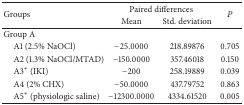
<table><thead><tr><td rowspan="2"><b>Groups</b></td><td colspan="2"><b>Paired differences</b></td><td rowspan="2"><b><i>P</i></b></td></tr><tr><td><b> Mean</b></td><td><b> Std. deviation</b></td></tr></thead><tbody><tr><td>Group A</td><td>[EMPTY_CELL]</td><td>[EMPTY_CELL]</td><td>[EMPTY_CELL]</td></tr><tr><td> A1 (2.5% NaOCl)</td><td>−25.0000</td><td>218.89876</td><td>0.705 </td></tr><tr><td> A2 (1.3% NaOCl/MTAD)</td><td>−150.0000</td><td>357.46018</td><td>0.150 </td></tr><tr><td> A3<sup>*</sup> (IKI)</td><td>−200</td><td>258.19889</td><td>0.039</td></tr><tr><td> A4 (2% CHX)</td><td>−50.0000</td><td>437.79752</td><td>0.863 </td></tr><tr><td> A5<sup>*</sup> (physiologic saline)</td><td>−12300.0000</td><td>4334.61520</td><td>0.005 </td></tr></tbody></table>